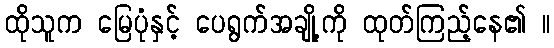
ထိုသူက မြေပုံနှင့် ပေရွက်အချို့ကို ထုတ်ကြည့်နေ၏ ။